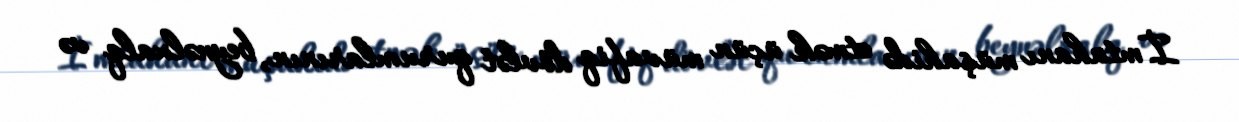
İmtahanı müşahidə etmək üçün müvafiq dövlət qurumlarının, beynəlxalq və